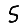
Digit: 5